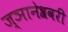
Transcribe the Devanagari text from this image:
ज्ञानेश्रवरी